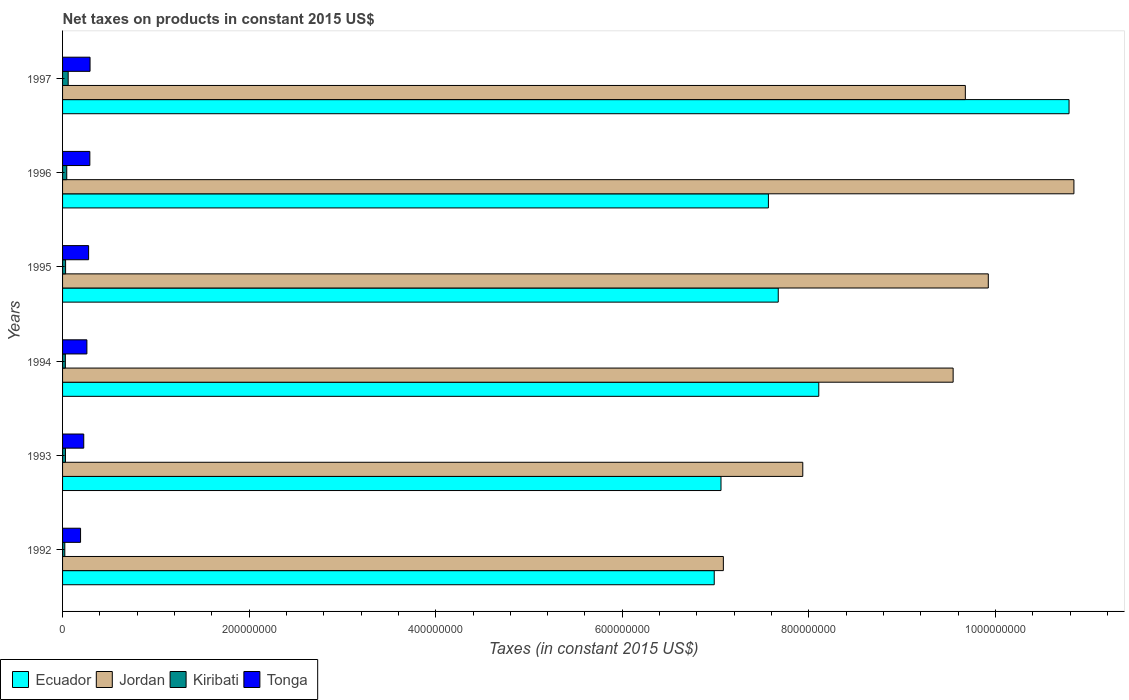
| Years | Ecuador | Jordan | Kiribati | Tonga |
 | --- | --- | --- | --- | --- |
 | 1992 | 6.99e+08 | 7.08e+08 | 2.41e+06 | 1.93e+07 |
 | 1993 | 7.06e+08 | 7.94e+08 | 3.13e+06 | 2.27e+07 |
 | 1994 | 8.11e+08 | 9.55e+08 | 2.99e+06 | 2.61e+07 |
 | 1995 | 7.67e+08 | 9.92e+08 | 3.25e+06 | 2.79e+07 |
 | 1996 | 7.57e+08 | 1.08e+09 | 4.49e+06 | 2.92e+07 |
 | 1997 | 1.08e+09 | 9.68e+08 | 6.02e+06 | 2.95e+07 |